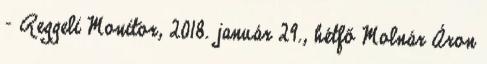
- Reggeli Monitor, 2018. január 29., hétfő Molnár Áron